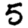
Digit: 5